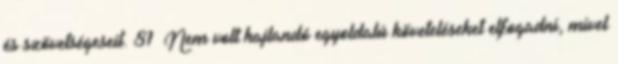
és szövetségeseit. 81 Nem volt hajlandó egyoldalú követeléseket elfogadni, mivel